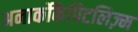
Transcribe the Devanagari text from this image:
अनार्कोकैपिटलिज़्म